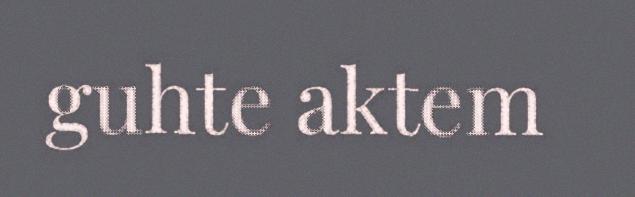
guhte aktem